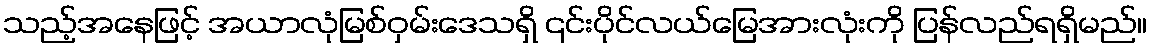
သည့်အနေဖြင့် အယာလုံမြစ်ဝှမ်းဒေသရှိ ၎င်းပိုင်လယ်မြေအားလုံးကို ပြန်လည်ရရှိမည်။